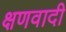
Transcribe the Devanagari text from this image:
क्षणवादी